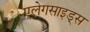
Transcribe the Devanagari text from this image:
एलेगसाइड्स